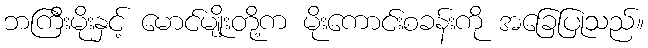
ဘကြီးမိုးနှင့် မောင်မျိုးတို့က မိုးကောင်းစခန်းကို အခြေပြုသည်။